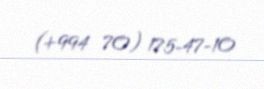
(+994 70) 175-47-10